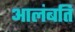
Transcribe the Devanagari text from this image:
आलंबति